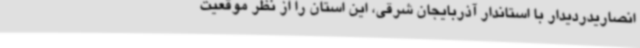
انصاریدردیدار با استاندار آذربایجان شرقی، این استان را از نظر موقعیت